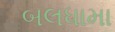
બલધામા